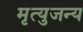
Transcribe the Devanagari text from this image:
मृत्युजन्य